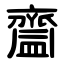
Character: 齍